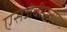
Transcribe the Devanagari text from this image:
एसजेवीएनएल